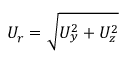
U _ { r } = \sqrt { U _ { y } ^ { 2 } + U _ { z } ^ { 2 } }